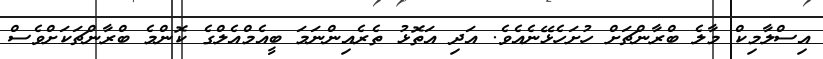
އިސްލާމިކް މާލެ ބްރާންޗަށް ހުށަހެޅޭނެއެވެ. އަދި އަތޮޅު ތެރެއިންނަމަ ބީއެމްއެލްގެ ކޮންމެ ބްރާންޗަކަށްވެސް